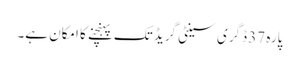
پارہ 37 ڈگری سینٹی گریڈ تک پہنچنے کا امکان ہے۔